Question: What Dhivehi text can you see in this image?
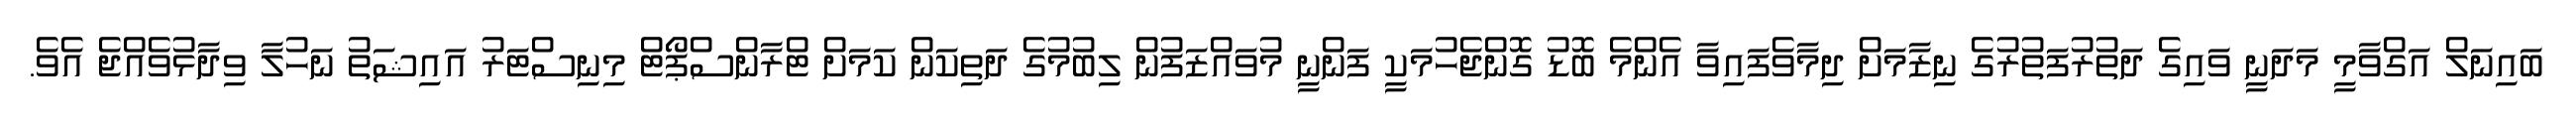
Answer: ބައިނަލް އަގްވާމީ މަދަނީ ވައިގެ ދަތުރުފަތުރުގެ ނިޒާމަށް ދިމާވެފައިވާ އެންމެ ބޮޑު ގޮންޖެހުމަކީ ފަންނީ މުވައްޒަފުން ލިބުމުގެ ދަތިކަން ކަމަށް ޓްރާންސްޕޯޓް މިނިސްޓަރު އައިޝަތު ނަހުލާ ވިދާޅުވެއްޖެ އެވެ.